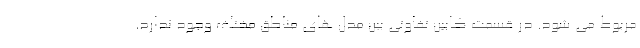
مربوط می شود. در قسمت کابین تفاوتی بین مدل های مناطق مختلف وجود ندارد.